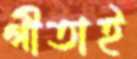
গীতাই